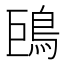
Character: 𩿝